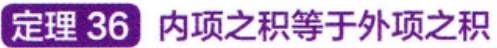
定理 36 内项之积等于外项之积